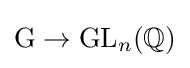
\mathrm {G} \to \mathrm {GL} _{n}(\mathbb {Q} )